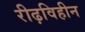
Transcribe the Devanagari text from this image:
रीढ़विहीन